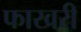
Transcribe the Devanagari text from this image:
फाखरी